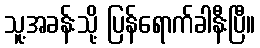
သူ့အခန်းသို့ ပြန်ရောက်ခါနီးပြီ။